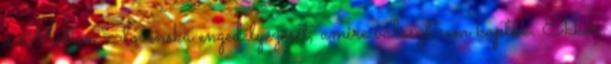
a Matica Slovenska engedélyezését, amire választ sem kaptak. Ekkor